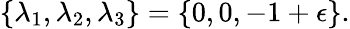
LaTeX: \{ \lambda_{1},\lambda_{2},\lambda_{3}\} =\{ 0,0,-1+\epsilon\} .